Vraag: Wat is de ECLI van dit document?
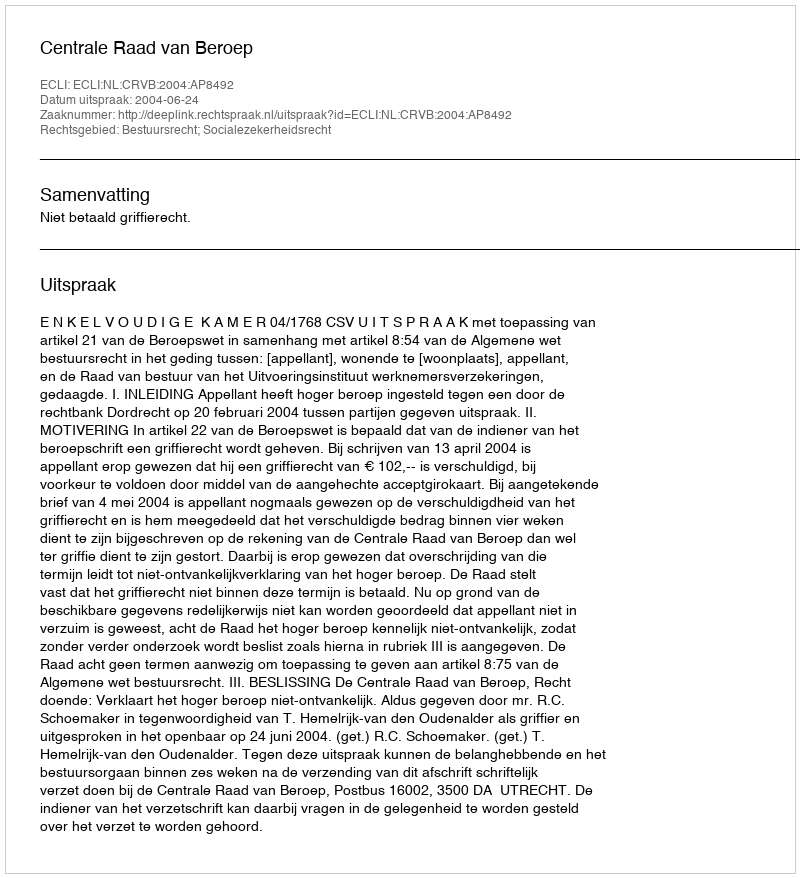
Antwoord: ECLI:NL:CRVB:2004:AP8492